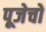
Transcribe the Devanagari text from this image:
पूजेचो